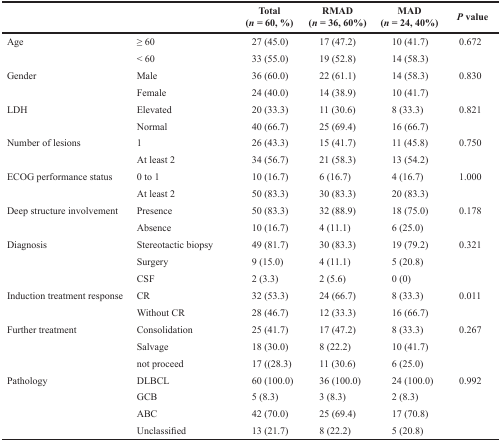
<table><thead><tr><td></td><td></td><td><b>Total(<i>n</i> = 60, %)</b></td><td><b>RMAD(<i>n</i> = 36, 60%)</b></td><td><b>MAD(<i>n</i> = 24, 40%)</b></td><td><b><i>P</i> value</b></td></tr></thead><tbody><tr><td>Age</td><td>≥ 60</td><td>27 (45.0)</td><td>17 (47.2)</td><td>10 (41.7)</td><td>0.672</td></tr><tr><td></td><td>&lt; 60</td><td>33 (55.0)</td><td>19 (52.8)</td><td>14 (58.3)</td><td></td></tr><tr><td>Gender</td><td>Male</td><td>36 (60.0)</td><td>22 (61.1)</td><td>14 (58.3)</td><td>0.830</td></tr><tr><td></td><td>Female</td><td>24 (40.0)</td><td>14 (38.9)</td><td>10 (41.7)</td><td></td></tr><tr><td>LDH</td><td>Elevated</td><td>20 (33.3)</td><td>11 (30.6)</td><td>8 (33.3)</td><td>0.821</td></tr><tr><td></td><td>Normal</td><td>40 (66.7)</td><td>25 (69.4)</td><td>16 (66.7)</td><td></td></tr><tr><td>Number of lesions</td><td>1</td><td>26 (43.3)</td><td>15 (41.7)</td><td>11 (45.8)</td><td>0.750</td></tr><tr><td></td><td>At least 2</td><td>34 (56.7)</td><td>21 (58.3)</td><td>13 (54.2)</td><td></td></tr><tr><td>ECOG performance status</td><td>0 to 1</td><td>10 (16.7)</td><td>6 (16.7)</td><td>4 (16.7)</td><td>1.000</td></tr><tr><td></td><td>At least 2</td><td>50 (83.3)</td><td>30 (83.3)</td><td>20 (83.3)</td><td></td></tr><tr><td>Deep structure involvement</td><td>Presence</td><td>50 (83.3)</td><td>32 (88.9)</td><td>18 (75.0)</td><td>0.178</td></tr><tr><td></td><td>Absence</td><td>10 (16.7)</td><td>4 (11.1)</td><td>6 (25.0)</td><td></td></tr><tr><td>Diagnosis</td><td>Stereotactic biopsy</td><td>49 (81.7)</td><td>30 (83.3)</td><td>19 (79.2)</td><td>0.321</td></tr><tr><td></td><td>Surgery</td><td>9 (15.0)</td><td>4 (11.1)</td><td>5 (20.8)</td><td></td></tr><tr><td></td><td>CSF</td><td>2 (3.3)</td><td>2 (5.6)</td><td>0 (0)</td><td></td></tr><tr><td>Induction treatment response</td><td>CR</td><td>32 (53.3)</td><td>24 (66.7)</td><td>8 (33.3)</td><td>0.011</td></tr><tr><td></td><td>Without CR</td><td>28 (46.7)</td><td>12 (33.3)</td><td>16 (66.7)</td><td></td></tr><tr><td>Further treatment</td><td>Consolidation</td><td>25 (41.7)</td><td>17 (47.2)</td><td>8 (33.3)</td><td>0.267</td></tr><tr><td></td><td>Salvage</td><td>18 (30.0)</td><td>8 (22.2)</td><td>10 (41.7)</td><td></td></tr><tr><td></td><td>not proceed</td><td>17 ((28.3)</td><td>11 (30.6)</td><td>6 (25.0)</td><td></td></tr><tr><td>Pathology</td><td>DLBCL</td><td>60 (100.0)</td><td>36 (100.0)</td><td>24 (100.0)</td><td>0.992</td></tr><tr><td></td><td>GCB</td><td>5 (8.3)</td><td>3 (8.3)</td><td>2 (8.3)</td><td></td></tr><tr><td></td><td>ABC</td><td>42 (70.0)</td><td>25 (69.4)</td><td>17 (70.8)</td><td></td></tr><tr><td></td><td>Unclassified</td><td>13 (21.7)</td><td>8 (22.2)</td><td>5 (20.8)</td><td></td></tr></tbody></table>